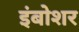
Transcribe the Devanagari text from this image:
इंबोशर